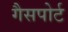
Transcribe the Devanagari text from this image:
गैसपोर्ट